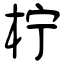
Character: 柠